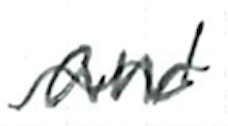
Text: and
Cross-out: wave
Writing tool: ballpoint